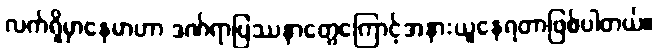
လက်ရှိမှာနေမာဟာ ဒဏ်ရာပြဿနာတွေကြောင့်အနားယူနေရတာဖြစ်ပါတယ်။